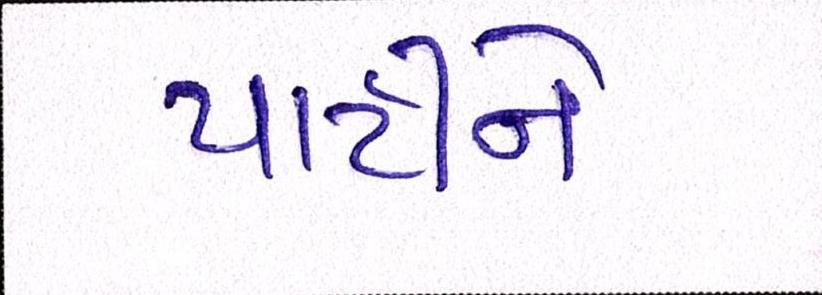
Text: પાર્ટીને